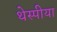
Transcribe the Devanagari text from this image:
थेस्पीया